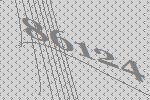
86124